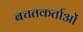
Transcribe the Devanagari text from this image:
बचतकर्ताओं